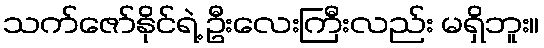
သက်ဇော်နိုင်ရဲ့ ဦးလေးကြီးလည်း မရှိဘူး။